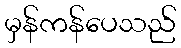
မှန်ကန်ပေသည်